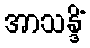
အာသန္ဒိံ